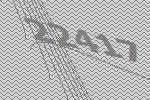
22417